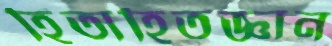
হিতাহিতজ্ঞান